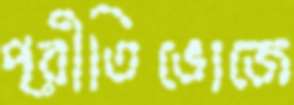
প্রীতিভোজে